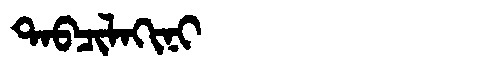
Manchu: ᡨᠠᠪᠴᡳᠯᠠᡴᡳᠨᡳ
Romanization: TABCILAKINI